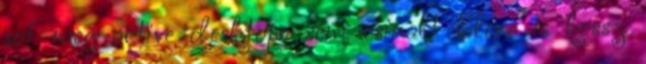
sot meg active desktopo sem csinalt Elore is kossz